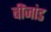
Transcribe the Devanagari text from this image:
बींजांड